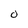
Character: 0